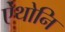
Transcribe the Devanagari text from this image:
ऐंथोनि